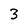
Character: 3